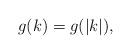
LaTeX: \begin{align*} g(k) = g(|k|) ,\end{align*}